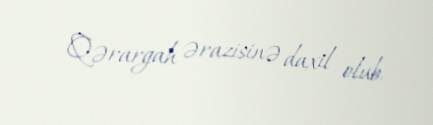
Qərargah ərazisinə daxil olub.